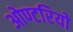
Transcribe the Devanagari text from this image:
ओण्टरियो